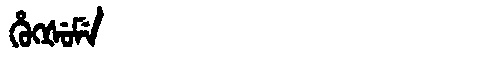
Manchu: ᡥᡠᡴᡧᡠᠮᡝ
Romanization: HUKŠUME